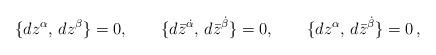
LaTeX: \begin{align*}\{dz^\alpha ,\,dz^\beta \} =0,\qquad \{d\bar{z}^{\dot{\alpha}},\,d\bar{z}^{\dot{\beta}}\}=0, \qquad\{dz^\alpha ,\,d\bar{z}^{\dot{\beta}} \}=0\,,\end{align*}